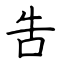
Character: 吿